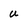
Character: U